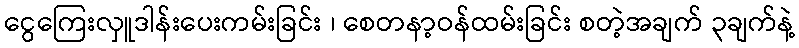
ငွေကြေးလှူဒါန်းပေးကမ်းခြင်း ၊ စေတနာ့ဝန်ထမ်းခြင်း စတဲ့အချက် ၃ချက်နဲ့